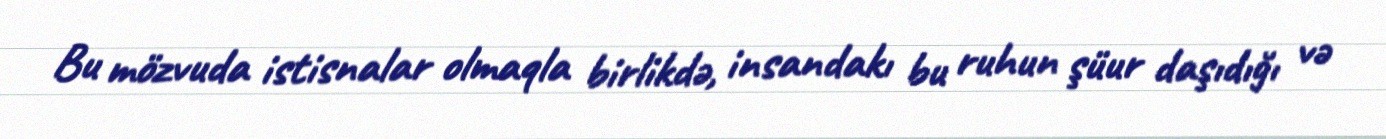
Bu mözvuda istisnalar olmaqla birlikdə, insandakı bu ruhun şüur daşıdığı və